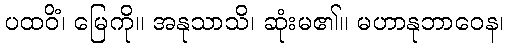
ပထဝိံ၊ မြေကို။ အနုသာသိ၊ ဆုံးမ၏။ မဟာနုဘာဝေန၊